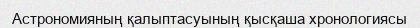
Астрономияның қалыптасуының қысқаша хронологиясы